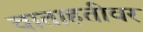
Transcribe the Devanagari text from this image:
वाताहतीवर